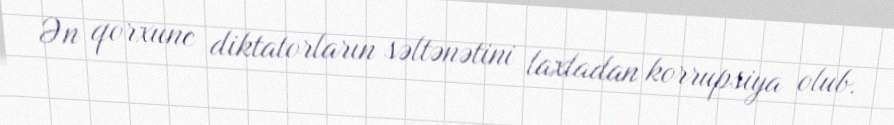
Ən qorxunc diktatorların səltənətini laxladan korrupsiya olub.